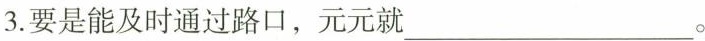
3.要是能及时通过路口，元元就___。